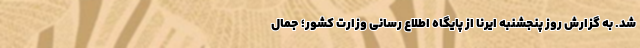
شد. به گزارش روز پنجشنبه ایرنا از پایگاه اطلاع رسانی وزارت کشور؛ جمال